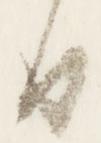
日